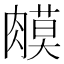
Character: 𦟦